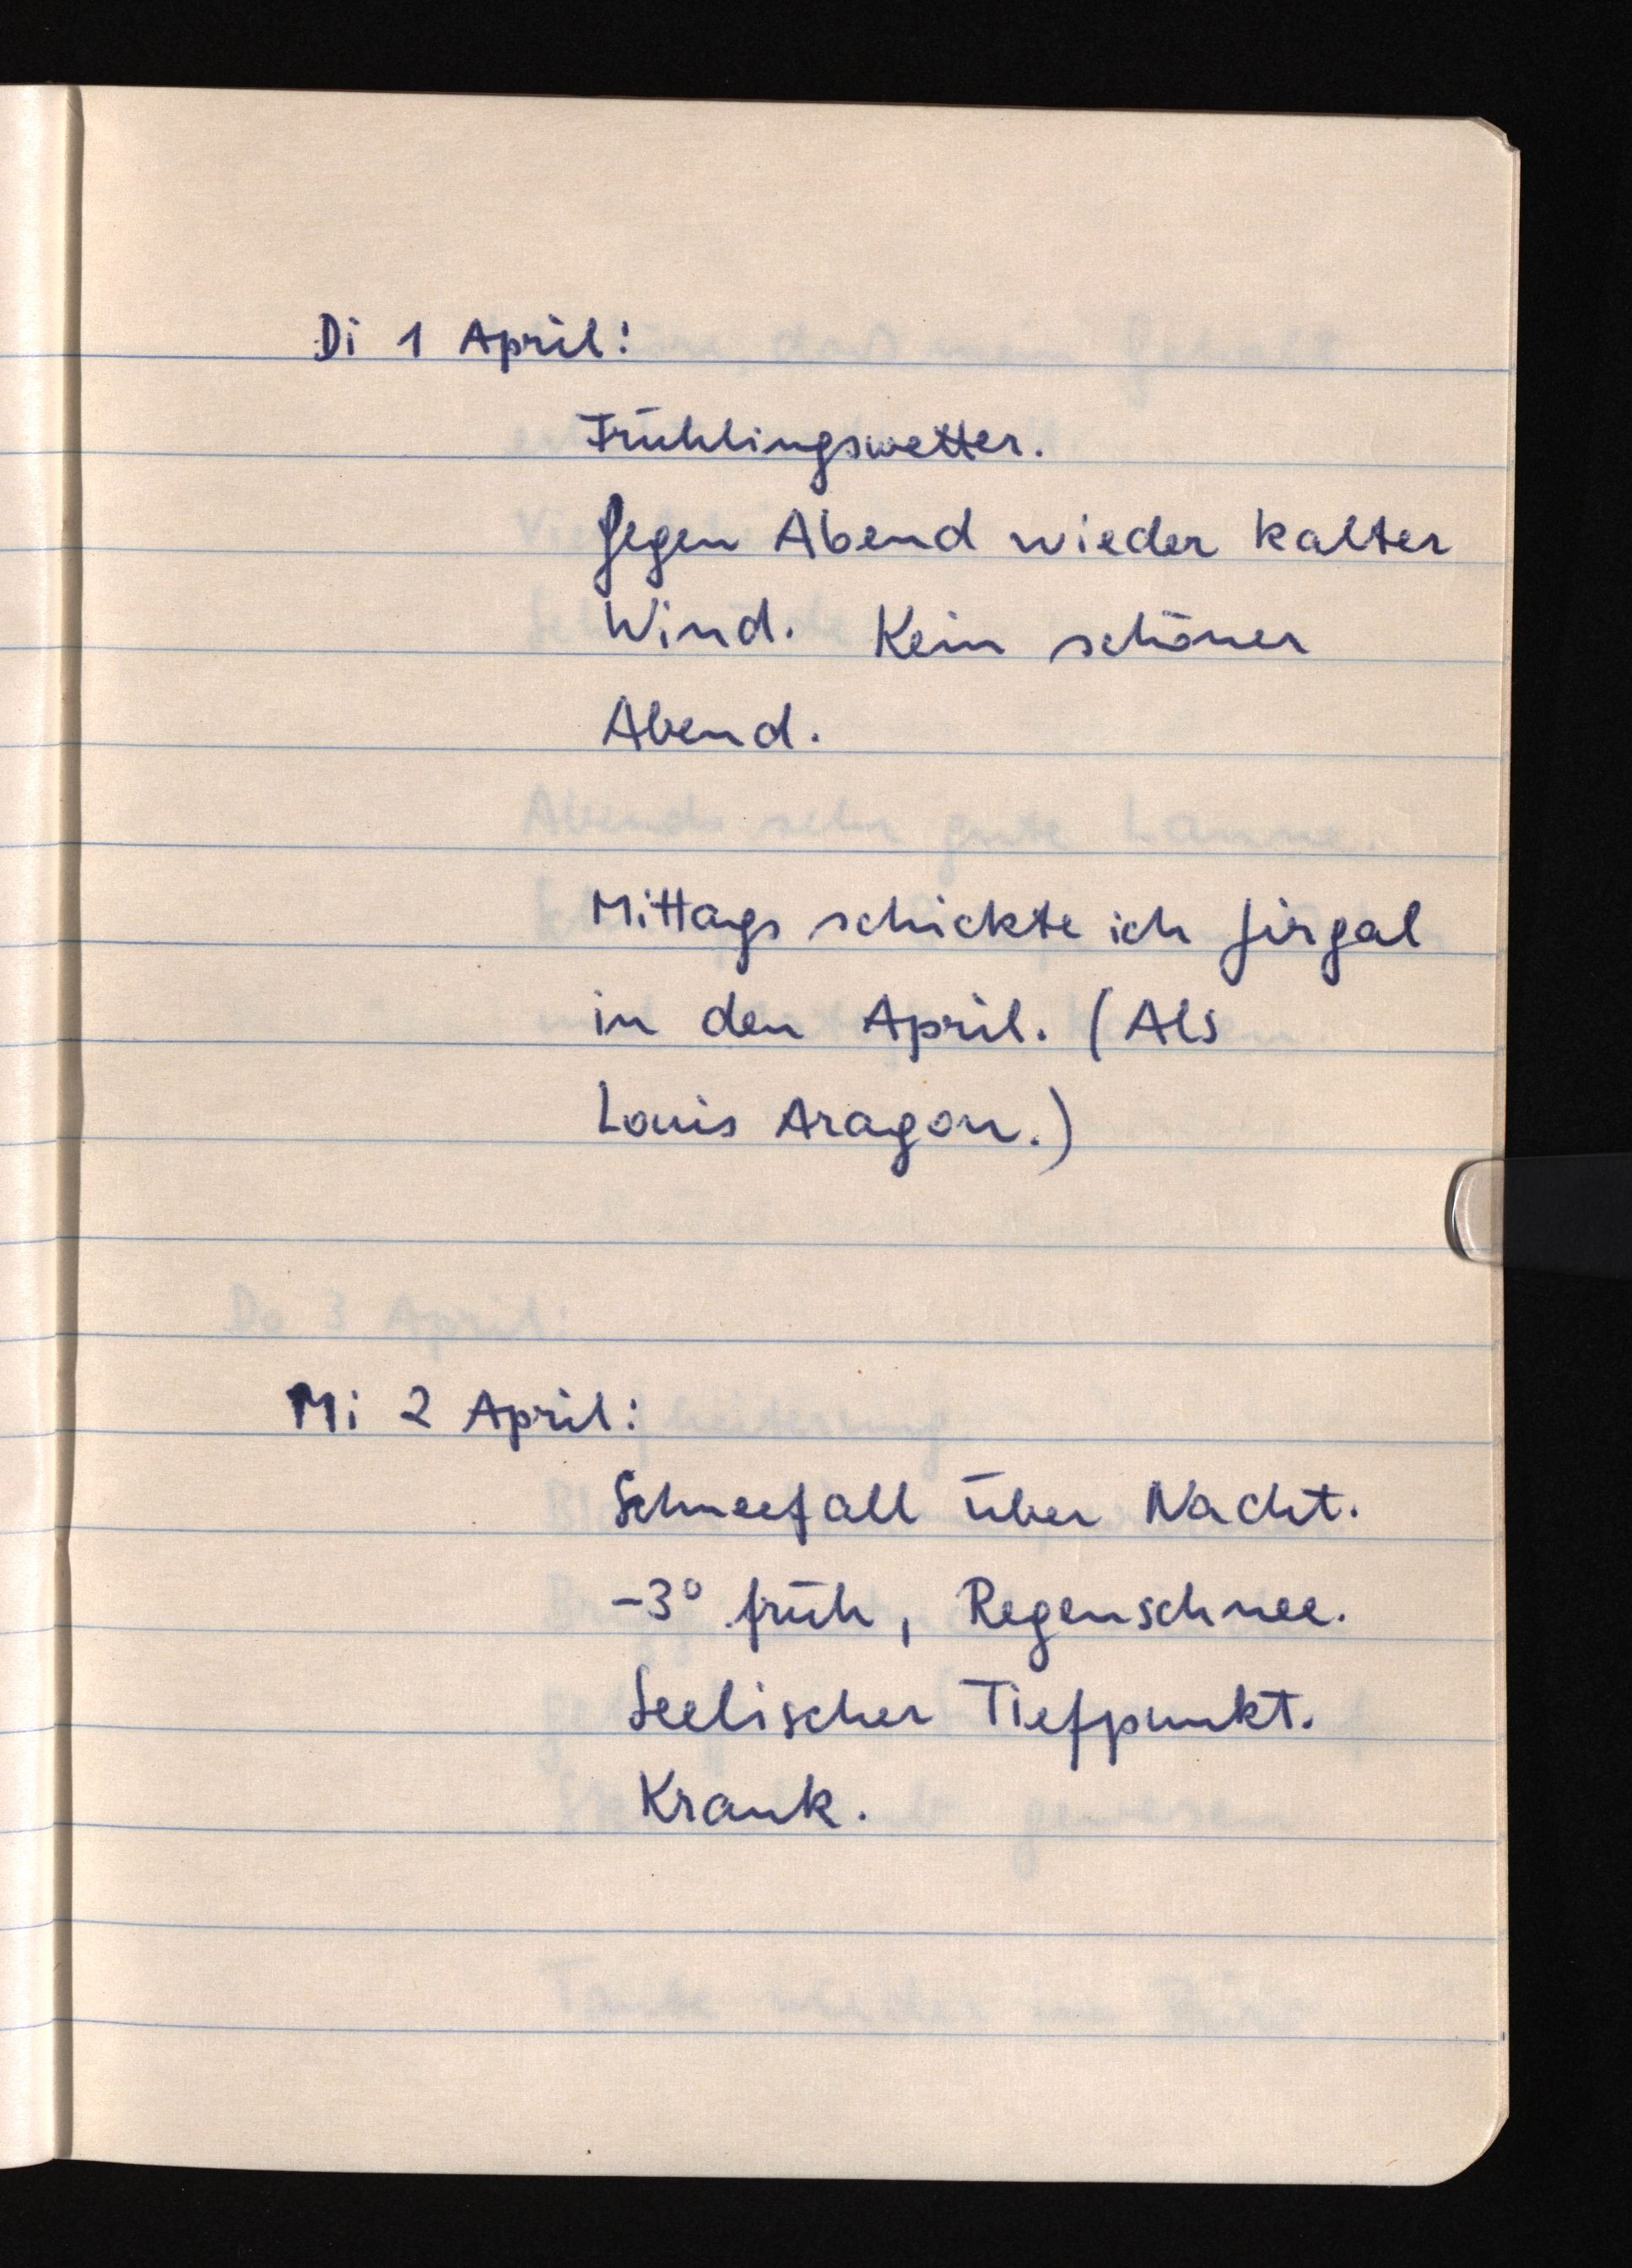
Di 1 April:
Frühlingswetter.
Gegen Abend wieder kalter
Wind. Kein schöner
Abend.
Mittags schickte ich Jirgal
in den April. (Als
Louis Aragon.)
Mi 2 April:
Schneefall über Nacht.
-3° früh, Regenschnee.
Seelischer Tiefpunkt.
Krank.